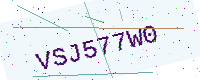
Text: VSJ577W0